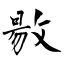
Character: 敭